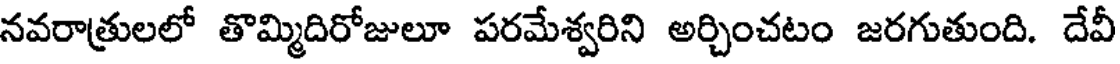
నవరాత్రులలో తొమ్మిదిరోజులూ పరమేశ్వరిని అర్చించటం జరగుతుంది. దేవీ